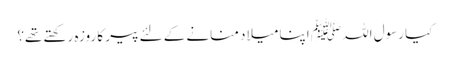
کیا رسول اللہ ﷺ اپنا میلاد منانے کے لئے پیر کا روزہ رکھتے تھے؟